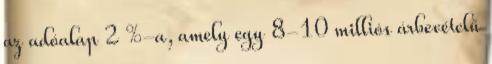
az adóalap 2 %-a, amely egy 8-10 milliós árbevételű